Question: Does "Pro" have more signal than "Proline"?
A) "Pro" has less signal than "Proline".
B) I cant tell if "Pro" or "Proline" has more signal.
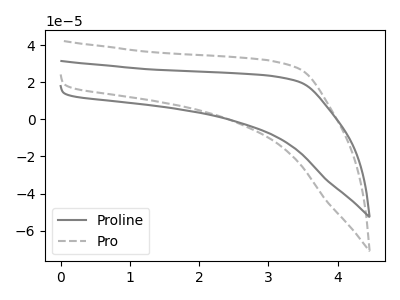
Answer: <think>The gray curve "Proline" has no peaks. The gray dashed curve "Pro" has no peaks.
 Neither "Pro" or "Proline" have any peaks.</think>
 <answer>B) I cant tell if "Pro" or "Proline" has more signal.</answer>
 <eval>B</eval>